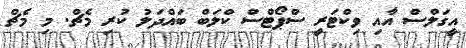
އީގަލްސް އާއި ވިކްޓަރީ ސްޕޯޓްސް ކްލަބް ބައްދަލު ކުރި މެޗް. މި މެޗް